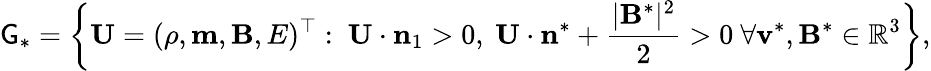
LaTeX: \mathsf{G}_{*}=\left\{ \mathbf{{U}}=(\rho,\mathbf{{m}},\mathbf{{B}},E)^{\top}:~\mathbf{{U}}\cdot\mathbf{{n}}_{1}>0,~\mathbf{{U}}\cdot\mathbf{{n}}^{*}+\frac{{|\mathbf{{B}}^{*}|^{2}}}{{2}}>0~\forall\mathbf{{v}}^{*},\mathbf{{B}}^{*}\in\mathbb{{R}}^{3}\right\} ,